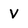
Character: V